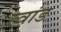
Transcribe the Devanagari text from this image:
त्वांड